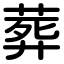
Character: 葬